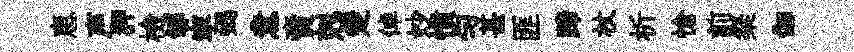
恵声狎檢郇寜蝎意𧶠剋楚倬妙憤匀甚匪蹄杖析愴前粲伽